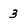
Character: 3